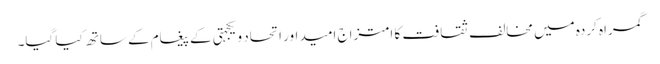
گمراہ کردہ میں مخالف ثقافت کا امتزاج امید اور اتحاد و یکجہتی کے پیغام کے ساتھ کیا گیا۔